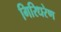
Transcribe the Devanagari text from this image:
गिरिधरेण